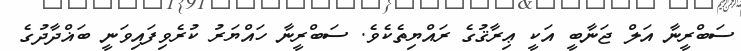
ސަބްރީނާ އަލް ޖަނާބީ އަކީ ޢިރާޤުގެ ރައްޔިތެކެވެ. ސަބްރީނާ ހައްޔަރު ކުރެވިފައިވަނީ ބަޣްދާދުގެ